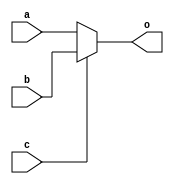
module mux2 (input wire a, b, c, output wire o);
  assign o = (c==0)?a:b;
endmodule